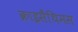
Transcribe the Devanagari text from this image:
क्राइसैंथिमस